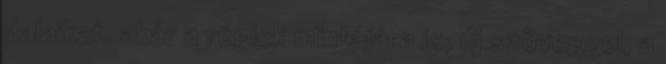
dalaikat, akár a régiek mintájára is, új szöveggel, a